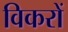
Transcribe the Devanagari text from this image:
विकरों